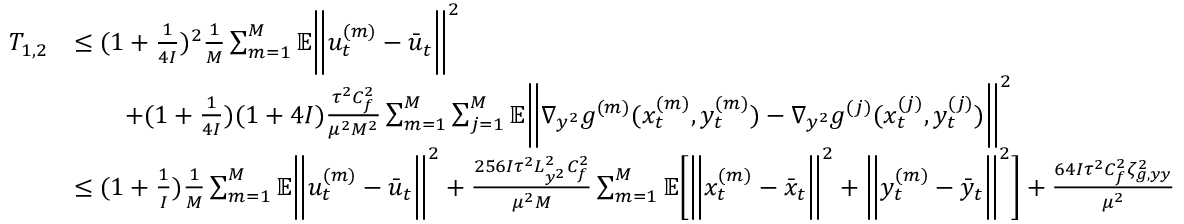
\begin{array} { r l } { T _ { 1 , 2 } } & { \leq ( 1 + \frac { 1 } { 4 I } ) ^ { 2 } \frac { 1 } { M } \sum _ { m = 1 } ^ { M } \mathbb { E } \bigg \| u _ { t } ^ { ( m ) } - \bar { u } _ { t } \bigg \| ^ { 2 } } \\ & { \qquad + ( 1 + \frac { 1 } { 4 I } ) ( 1 + 4 I ) \frac { \tau ^ { 2 } C _ { f } ^ { 2 } } { \mu ^ { 2 } M ^ { 2 } } \sum _ { m = 1 } ^ { M } \sum _ { j = 1 } ^ { M } \mathbb { E } \bigg \| \nabla _ { y ^ { 2 } } g ^ { ( m ) } ( x _ { t } ^ { ( m ) } , y _ { t } ^ { ( m ) } ) - \nabla _ { y ^ { 2 } } g ^ { ( j ) } ( x _ { t } ^ { ( j ) } , y _ { t } ^ { ( j ) } ) \bigg \| ^ { 2 } } \\ & { \leq ( 1 + \frac { 1 } { I } ) \frac { 1 } { M } \sum _ { m = 1 } ^ { M } \mathbb { E } \bigg \| u _ { t } ^ { ( m ) } - \bar { u } _ { t } \bigg \| ^ { 2 } + \frac { 2 5 6 I \tau ^ { 2 } L _ { y ^ { 2 } } ^ { 2 } C _ { f } ^ { 2 } } { \mu ^ { 2 } M } \sum _ { m = 1 } ^ { M } \mathbb { E } \bigg [ \bigg \| x _ { t } ^ { ( m ) } - \bar { x } _ { t } \bigg \| ^ { 2 } + \bigg \| y _ { t } ^ { ( m ) } - \bar { y } _ { t } \bigg \| ^ { 2 } \bigg ] + \frac { 6 4 I \tau ^ { 2 } C _ { f } ^ { 2 } \zeta _ { g , y y } ^ { 2 } } { \mu ^ { 2 } } } \end{array}